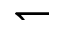
\leftharpoondown